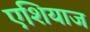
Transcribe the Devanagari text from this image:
एशियाज